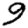
Digit: 9